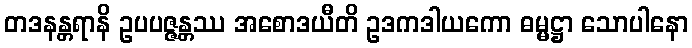
တဒနန္တရာနိ ဥပပဇ္ဇန္တဿ အစောဒယီတိ ဥဒကဒါယကော ဓမ္မဋ္ဌာ သောပါနော